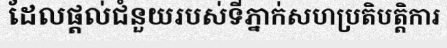
ដែលផ្តល់ជំនួយរបស់ទីភ្នាក់សហប្រតិបត្តិការ